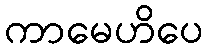
ကာမေဟိပေ